Annual report on the lock hospitals of the Madras Presidency
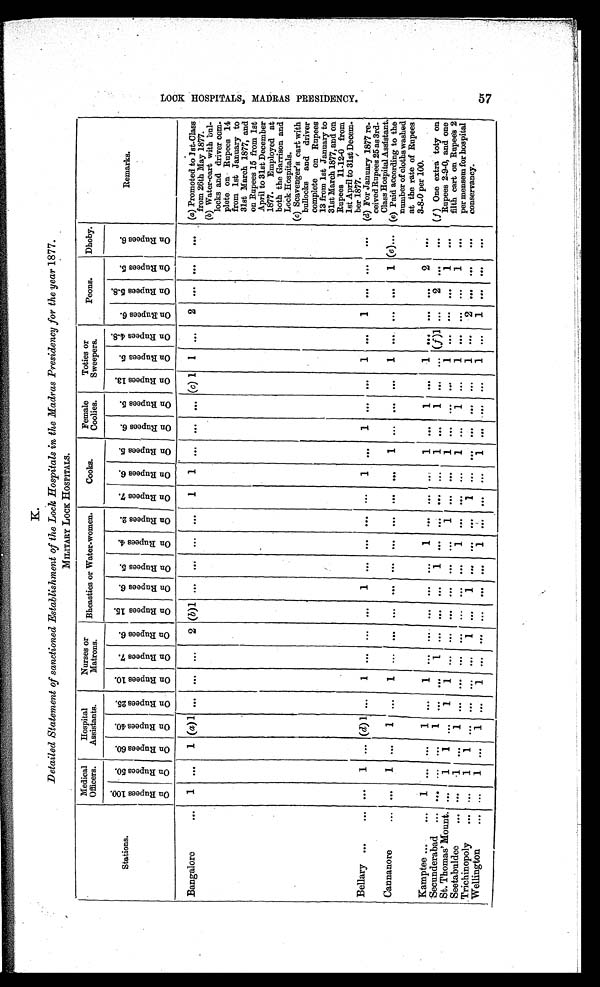
K.
Detailed Statement of sanctioned Establishment of the Lock Hospitals in the Madras Presidency for the year 1877.
MILITARY LOCK HOSPITALS.
Stations.
Medical
Officers.
Hospital
Assistants.
Nurses o
r Matrons.
Bheasties or Water-women.
Cooks.
Female
Coolies.
Toties or
Sweepers.
Peons.
Dhoby.
O n R u p e e s 1 0 0 .
O n R u p e e s 5 0 .
O n R u p e e s 6 0 .
O n R u p e e s 4 0 .
O n R u p e e s 2 5
O n R u p e e s 1 0 .
O n R u p e e s 7 .
O n R u p e e s 6
O n R u p e e s 1 5 .
O n R u p e e s 6 . O n R u p e e s 5 .
O n R u p e e s 4 .
O n R u p e e s 2 .
O n R u p e e s 7 .
O n R u p e e s 6 .
O n R u p e e s 5 .
O n R u p e e s 6 .
O n R u p e e s 5 .
O n R u p e e s 1 3 .
O n R u p e e s 5 .
O n R u p e e s 4 · 8 .
O n R u p e e s 6 .
O n R u p e e s 5 · 8 .
O n R u p e e s 5 .
O n R u p e e s 6 .
Remarks.
Bangalore
...
1
...
1 (a)1
... ... ...
2 (b)1
... ... ... ...
1
1
... ... ...
(c) 1 1
...
2
... ...
...
(a) Promoted to lst Class
from 26th May 1877.
.
(b) Water-cart with bul-
locks and driver com-
plete on Rupees 14
from 1st January to
31st March 1877, and
on Rupees 15 from 1st
April to 31st December
1877. Employed at
both the Garrison and
Lock Hospitals.
(c) Scavenger's cart with
bullocks and driver
complete on Rupees
13 from 1st January to
31st March 1877, and on
Rupees 11-12-0 from
1st April to 31st Decem
ber 1877.
Bellary ... ... ...
1 ... (d) 1 ...
1
. . .
. . .
. . . 1 ...
. . .
. . .
. . .
1
. . .
1
. . .
. . .
1
. . . 1
. . .
. . .
...
(d) For January 1877 re-
ceived Rupees 25.as 3rd
Class Hospital Assistant.
Cannanore
. . .
1 ...
1
. . .
1
... ... ...
. . .
. . .
. . .
. . .
. . .
. . .
1
. . .
. . .
. . .
1
. . .
. . .
. . . 1 (e)... (e) Paid according to the
number of cloths washed
at the rate of Rupees
3.8.0 per 100.
Kamptee ...
...
1
. . .
. . . 1
. . .
1
. . .
. . .
. . .
. . .
. . . 1
. . .
. . .
. . . 1
. . .
1
. . .
1
. . .
. . .
. . . 2
. . .
( f ) One extra toty on
Rupees 2-9-0, and one
filth cart on Rupees 2
per mensem for hospita
conservancy.
Secunderabad
. . .
. . .
. . . 1
. . .
. . . 1
. . .
. . .
. . .
1
. . .
. . .
. . .
. . . 1
. . .
1 ... ... (f)1 ...
2 ...
...
St. Thomas' Mount. ...
1
1 ...
1
1
. . .
. . .
. . .
. . .
. . .
. . .
1 . . .
. . . 1
. . .
. . .
. . .
1
. . .
. . .
. . .
1
. . .
Seetabuldee
...
. . . 1 ...
1
. . .
. . .
. . .
. . .
. . . . . .
. . . 1
. . .
. . .
. . . 1
. . .
1 ...
1
. . .
. . .
. . .
1
. . .
Trichinopoly
. . . 1
1
. . .
. . .
. . .
. . . 1
. . . 1
. . .
. . .
. . .
1
. . .
. . .
. . .
. . .
. . . 1 ...
2
. . .
. . .
. . .
Wellington
. . . 1
. . . 1 ...
1
. . .
. . .
. . .
. . .
. . . 1
. . .
. . .
. . . 1
. . .
. . .
. . .
1 ...
1
. . .
. . .
. . .
L O C K H O S P I T A L S , M A D R A S P R E S I D E N C Y .